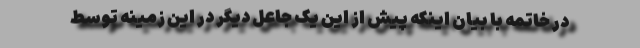
در خاتمه با بیان اینکه پیش از این یک جاعل دیگر در این زمینه توسط